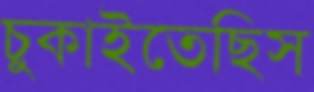
চুকাইতেছিস